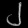
Digit: ၂